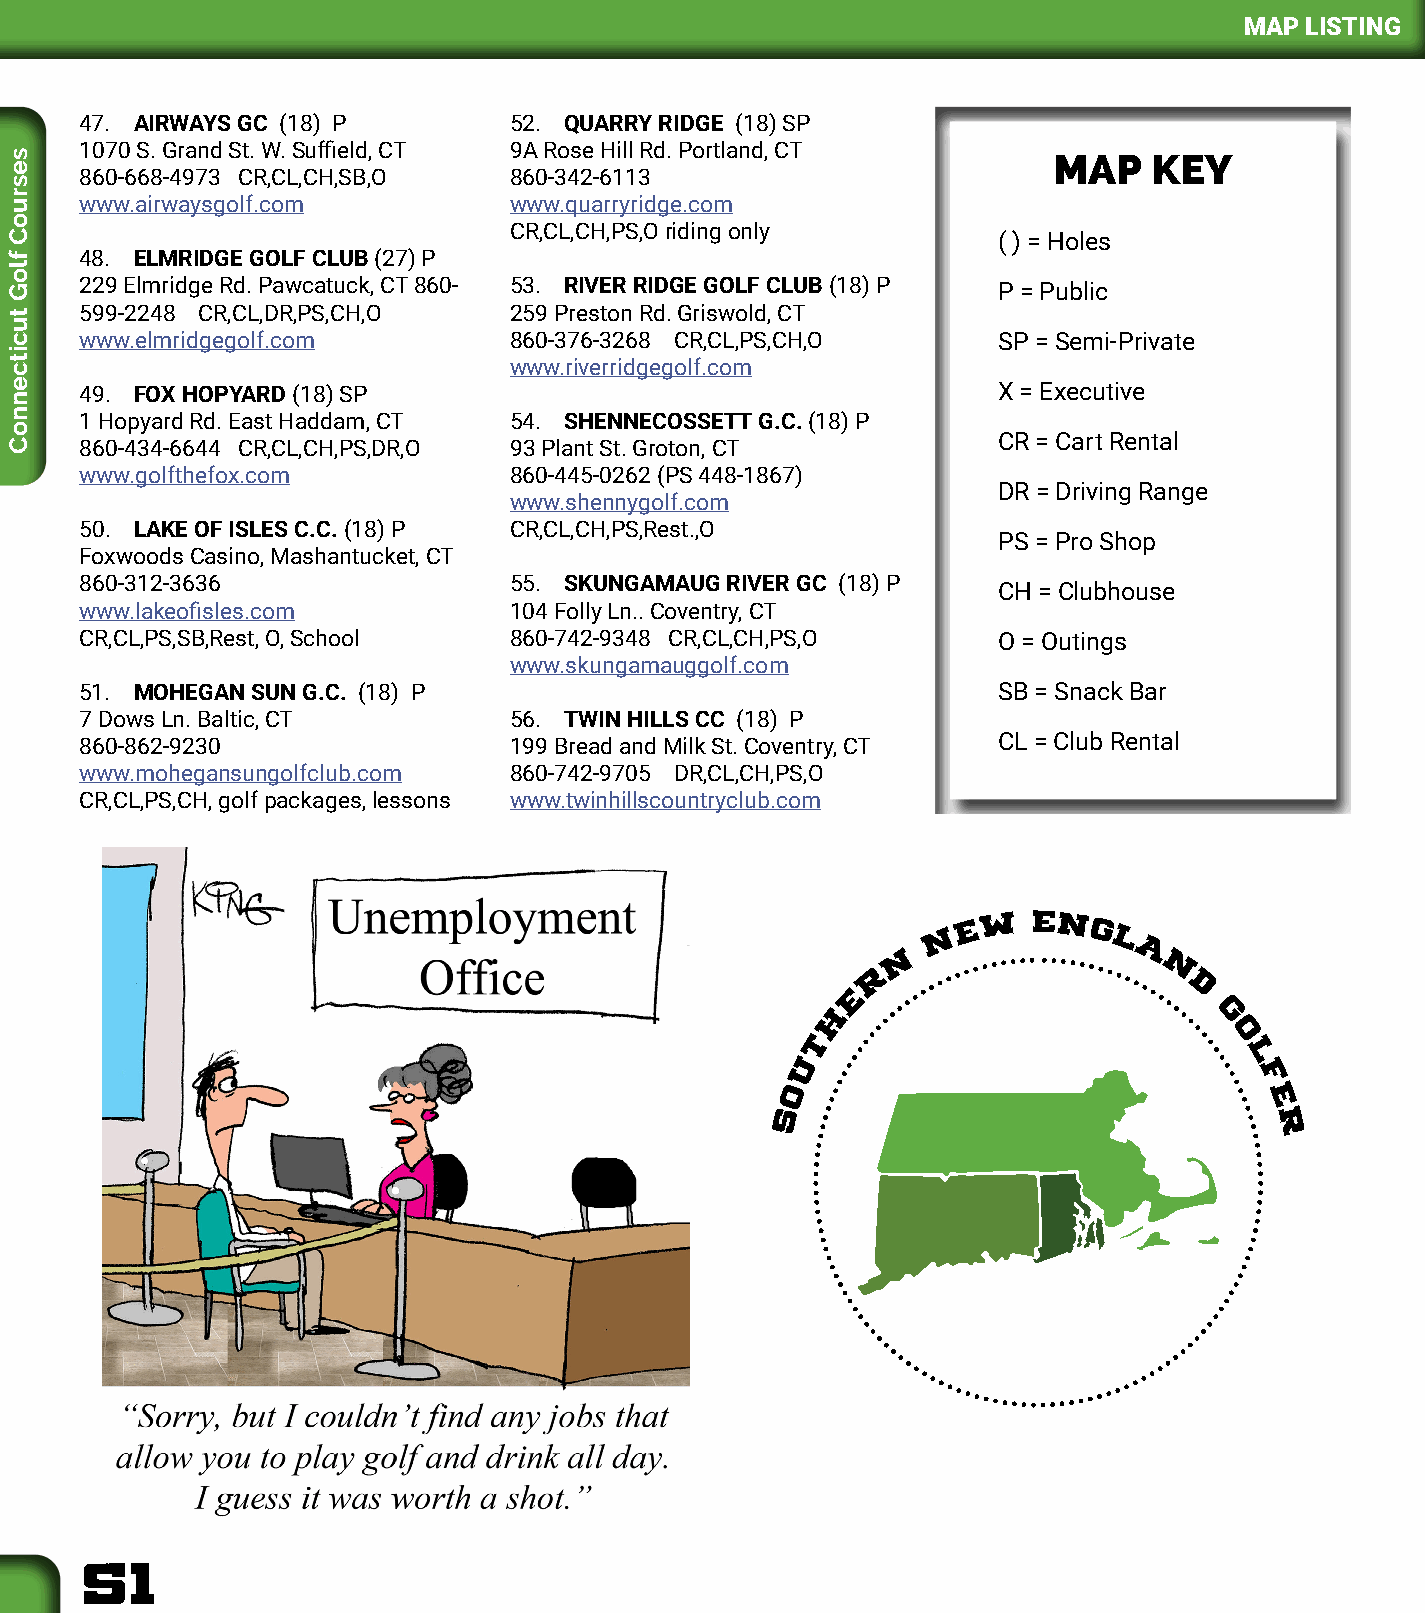
MAP LISTING
 47. AIRWAYS GC (18) P        52. QUARRY RIDGE (18) SP
 1070 S. Grand St. W. Suffield, CT 9A Rose Hill Rd. Portland, CT
 MAP   KEY
 860-668-4973 CR,CL,CH,SB,O   860-342-6113
 www.airwaysgolf.com          www.quarryridge.com
 CR,CL,CH,PS,O riding only
 ( ) = Holes
 48. ELMRIDGE GOLF CLUB (27) P
 229 Elmridge Rd. Pawcatuck, CT 860- 53. RIVER RIDGE GOLF CLUB (18) P P = Public
 599-2248 CR,CL,DR,PS,CH,O    259 Preston Rd. Griswold, CT
 www.elmridgegolf.com         860-376-3268 CR,CL,PS,CH,O      SP = Semi-Private
 www.riverridgegolf.com
 49. FOX HOPYARD (18) SP                                      X = Executive
 1 Hopyard Rd. East Haddam, CT 54. SHENNECOSSETT G.C. (18) P
 CR = Cart Rental
 860-434-6644 CR,CL,CH,PS,DR,O 93 Plant St. Groton, CT
 www.golfthefox.com           860-445-0262 (PS 448-1867)
 DR = Driving Range
 www.shennygolf.com
 50. LAKE OF ISLES C.C. (18) P CR,CL,CH,PS,Rest.,O
 PS = Pro Shop
 Foxwoods Casino, Mashantucket, CT
 860-312-3636                 55. SKUNGAMAUG RIVER GC (18) P
 CH = Clubhouse
 www.lakeofisles.com          104 Folly Ln.. Coventry, CT
 CR,CL,PS,SB,Rest, O, School  860-742-9348 CR,CL,CH,PS,O      O = Outings
 www.skungamauggolf.com
 51. MOHEGAN SUN G.C. (18) P                                  SB = Snack Bar
 7 Dows Ln. Baltic, CT        56. TWIN HILLS CC (18) P
 860-862-9230                 199 Bread and Milk St. Coventry, CT CL = Club Rental
 www.mohegansungolfclub.com   860-742-9705 DR,CL,CH,PS,O
 CR,CL,PS,CH, golf packages, lessons www.twinhillscountryclub.com
 NEW    EN
 G
 l
 N               a
 r                  N
 d
 E
 H                        G
 o
 t
 l
 u
 f
 o                              E
 S                               r
 51
 sesruoC
 floG
 tucitcennoC